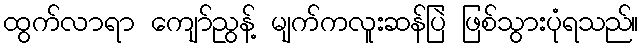
ထွက်လာရာ ကျော်ညွန့် မျက်ကလူးဆန်ပြဲ ဖြစ်သွားပုံရသည်။